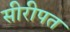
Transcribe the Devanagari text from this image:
सीरीपत